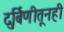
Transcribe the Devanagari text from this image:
दुर्बिणीतूनही